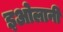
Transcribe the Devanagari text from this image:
इओलानी